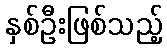
နှစ်ဦးဖြစ်သည့်